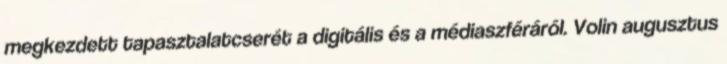
megkezdett tapasztalatcserét a digitális és a médiaszféráról. Volin augusztus